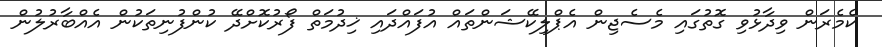
ކެމެރަން ވިދާޅުވި ގޮތުގައި މެސެޖިން އެޕްލިކޭޝަންތައް އުފައްދައި ޚިދުމަތް ފޯރުކޮށްދޭ ކުންފުނިތަކުން އެއްބާރުލުން